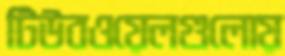
টিউবওয়েলগুলোয়